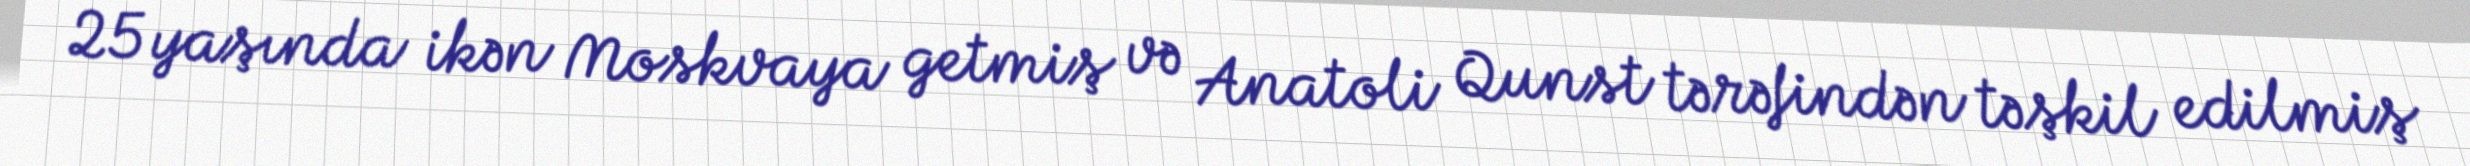
25 yaşında ikən Moskvaya getmiş və Anatoli Qunst tərəfindən təşkil edilmiş